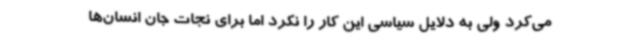
می‌کرد ولی به دلایل سیاسی این کار را نکرد اما برای نجات جان انسان‌ها